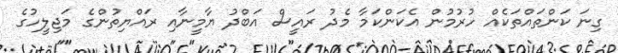
ގިނަ ކަންތައްތަކެއް ހުރުމުން އެކަންކަމާ މެދު ރައީސް އަބްދު ޔާމީނާއި ރައްޔިތުންގެ މަޖިލީހުގެ